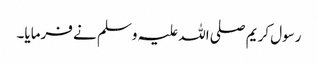
رسول کریم صلی اللہ علیہ وسلم نے فرمایا۔